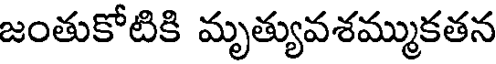
జంతుకోటికి మృత్యువశమ్ముకతన